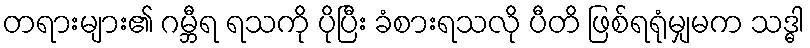
တရားများ၏ ဂမ္ဘီရ ရသကို ပိုပြီး ခံစားရသလို ပီတိ ဖြစ်ရရုံမျှမက သဒ္ဓါ